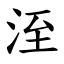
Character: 洷